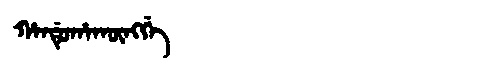
Manchu: ᡥᠠᠨᡩᡠᡥᠠᡴᡡᠩᡤᡝ
Romanization: HANDUHAKŪNGGE